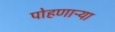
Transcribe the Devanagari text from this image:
पोहणाऱ्या